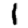
Digit: 1